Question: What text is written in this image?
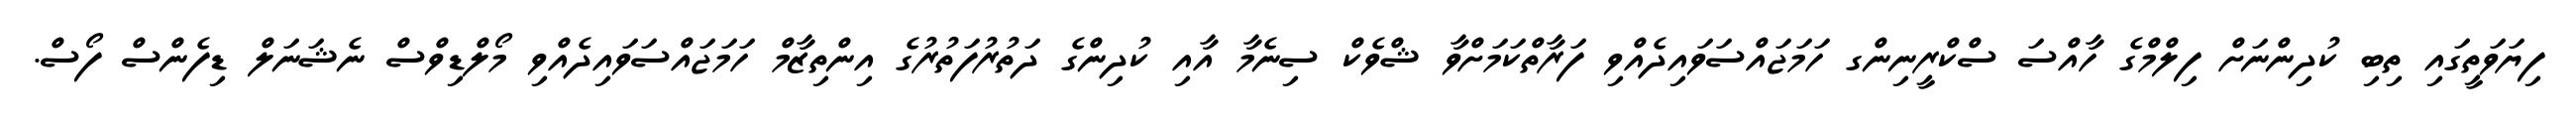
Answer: ފިޔަވަތީގައި ތިބި ކުދިންނަށް ފިލްމްގެ ހާއްސަ ސްކްރީނިންގ ހަމަޖައްސަވައިދެއްވި ފަރާތްކަމަށްވާ ޝްވެކް ސިނެމާ އާއި ކުދިންގެ ދަތުރުފަތުރުގެ އިންތިޒާމް ހަމަޖައްސަވައިދެއްވި މޯލްޑިވްސް ނެޝަނަލް ޑިފެންސް ފޯސް.